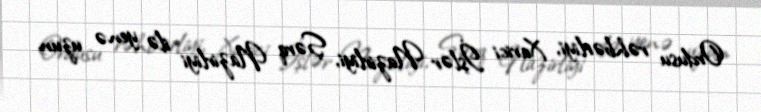
Ordusu rəhbərliyi, Xarici İşlər Nazirliyi, Şərq Nazirliyi ilə yenə uzun